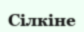
Сілкіне